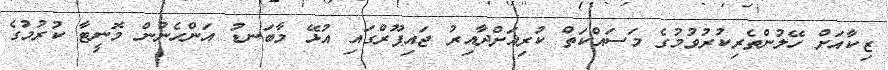
ޒިކާއަށް ހޭލުންތެރިކުރުވުމުގެ މަސައްކަތް ކުރިއަށްދާއިރު ޖައިޕޫރްގައި އުޅޭ މާބަނޑު އަންހެނުން މޮނީޓާ ކުރުމުގެ